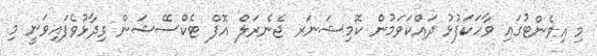
މި އިވެންޓުގައި ވާހަކަފުޅު ދައްކަވަމުން ކޮމިޝަނަރ ޖެނެރަލް އޮފް ޓެކްސޭޝަން ވިދާޅުވެފައިވަނީ މި